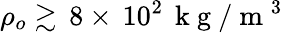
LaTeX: \rho_{o}\gtrsim\, 8\times\, 10^{2}\, \mathrm{~k~g~}/\mathrm{~m~}^{3}